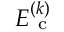
E _ { \mathrm { ~ c ~ } } ^ { ( k ) }